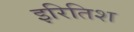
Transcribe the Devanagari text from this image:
इरितिश